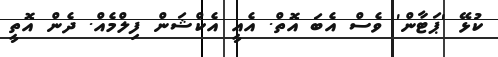
ކުޅޭ 'ޕަޓާން' ވެސް އެބަ އޮތް. އެއީ އެކްޝަން ފިލްމެއް. ދެން އޮތީ